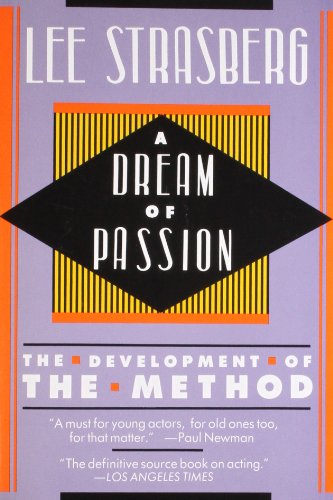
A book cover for A Dream of Passion: The Development of the Method; Lee Strasberg; Humor & Entertainment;